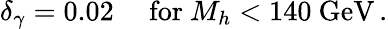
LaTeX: \delta_{\gamma}=0.02\quad\mathrm{~for~}M_{h}<140\mathrm{~GeV}\, .